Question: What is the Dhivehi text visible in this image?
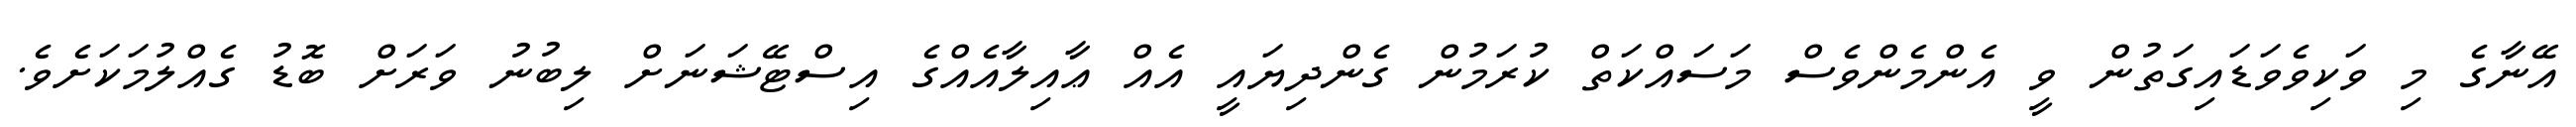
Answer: އޭނާގެ މި ވަކިވެވަޑައިގަތުން ވީ އެންމެންވެސް މަސައްކަތް ކުރަމުން ގެންދިޔައީ އެއް ޢާއިލާއެއްގެ އިސްޓޭޝަނަށް ލިބުނު ވަރަށް ބޮޑު ގެއްލުމަކަށެވެ.